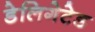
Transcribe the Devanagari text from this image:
डेलिगेटेड